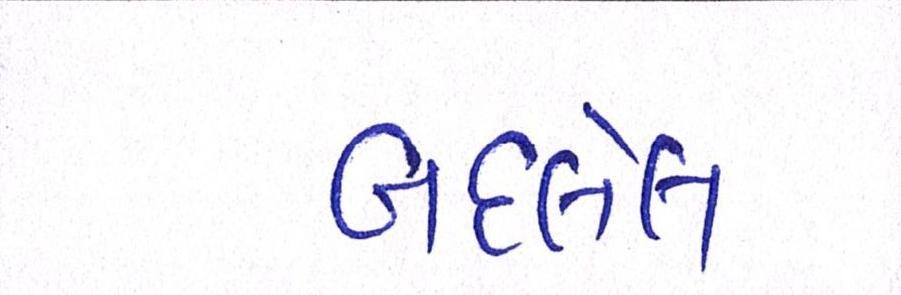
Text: બદલેલ